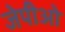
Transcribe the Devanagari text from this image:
जेपीओ